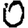
Digit: 0